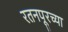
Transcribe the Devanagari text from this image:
रतनपूरच्या